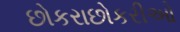
છોકરાછોકરીઓ